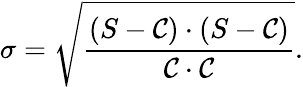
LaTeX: \sigma=\sqrt{\frac{(S-\mathcal{C})\cdot(S-\mathcal{C})}{\mathcal{C}\cdot\mathcal{C}}}.